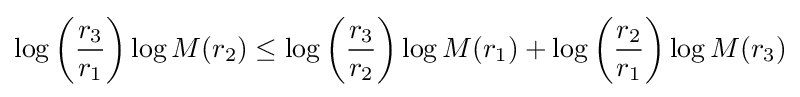
\log \left({\frac {r_{3}}{r_{1}}}\right)\log M(r_{2})\leq \log \left({\frac {r_{3}}{r_{2}}}\right)\log M(r_{1})+\log \left({\frac {r_{2}}{r_{1}}}\right)\log M(r_{3})